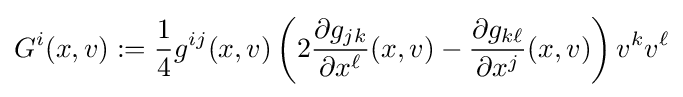
G^{i}(x,v):={\frac {1}{4}}g^{ij}(x,v)\left(2{\frac {\partial g_{jk}}{\partial x^{\ell }}}(x,v)-{\frac {\partial g_{k\ell }}{\partial x^{j}}}(x,v)\right)v^{k}v^{\ell }